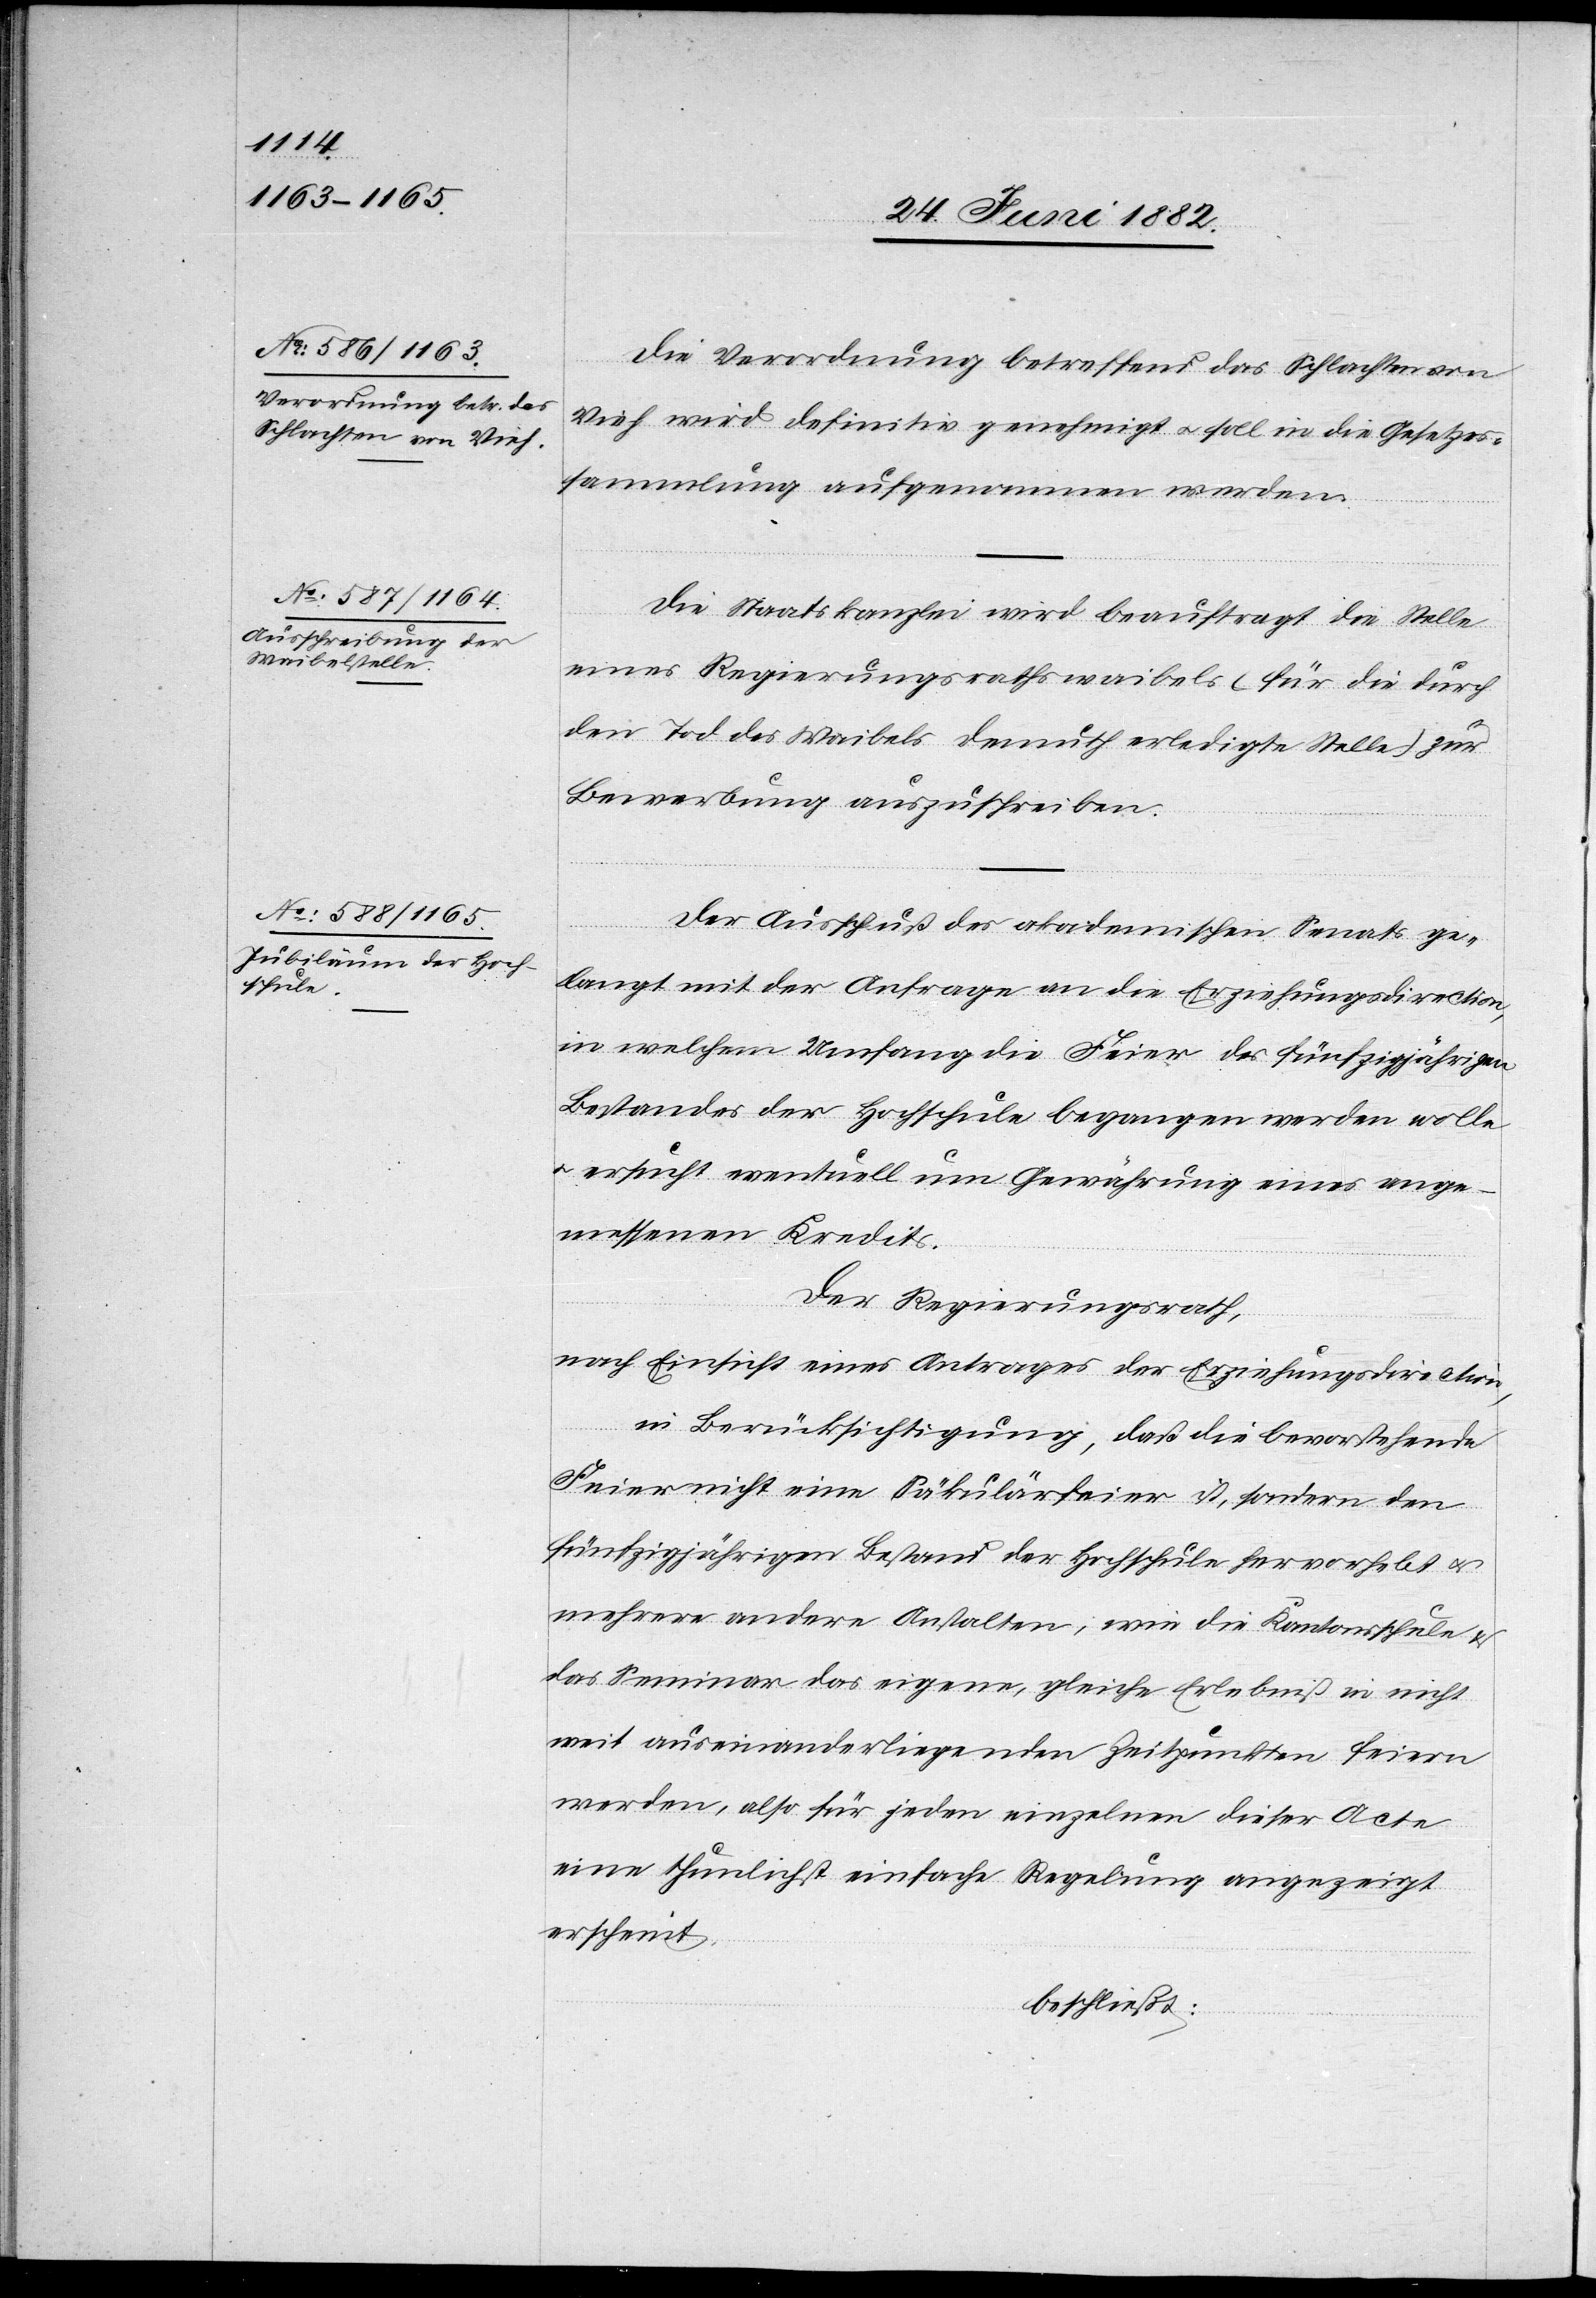
Die Verordnung betreffend das Schlachten von
Vieh wird definitiv genehmigt u. soll in die Gesetzes¬
sammlung aufgenommen werden.
Die Staatskanzlei wird beauftragt die Stelle
eines Regierungsrathswaibels (für die durch
den Tod des Waibels Demuth erledigte Stelle) zur
Bewerbung auszuschreiben.
Der Ausschuß des akademischen Senats ge¬
langt mit der Anfrage an die Erziehungsdirection,
in welchem Umfang die Feier des fünfzigjährigen
Bestandes der Hochschule begangen werden wolle
u. ersucht eventuell um Gewährung eines ange¬
messenen Kredits.
Der Regierungsrath,
nach Einsicht eines Antrages der Erziehungsdirection,
in Berücksichtigung, daß die bevorstehende
Feier nicht eine Säkularfeier ist, sondern den
fünfzigjährigen Bestand der Hochschule hervorhebt u.
mehrere andere Anstalten, wie die Kantonsschule &
das Seminar das eigene, gleiche Erlebniß in nicht
weit auseinanderliegenden Zeitpunkten feiern
werden, also für jeden einzelnen dieser Acte
eine thunlichst einfache Regelung angezeigt
erscheint,
beschließt: